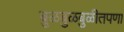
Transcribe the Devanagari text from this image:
बुळबुळबुळीतपणा